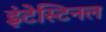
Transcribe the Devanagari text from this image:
इंटेस्टिनल